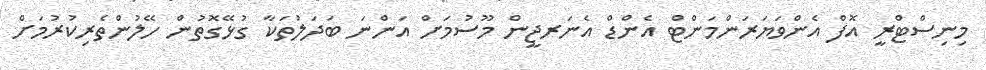
މިނިސްޓްރީ އޮފް އެންވަޔަރަންމަންޓް އެންޑް އެނަރޖީން މޫސުމަށް އަންނަ ބަދަލުތަކާ ގުޅޭގޮތުން ހޭލުންތެރިކުރުމަށް